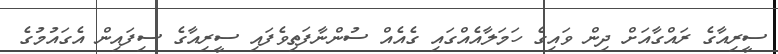
ސީރިއާގެ ރައްގާއަށް ދިން ވައިގެ ހަމަލާއެއްގައި ގެއެއް ސުންނާފަތިވެފައި ސީރިއާގެ ސިފައިން އެގައުމުގެ